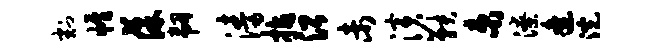
割帷葆韧涛拈沿未演鞅束潦逄浣